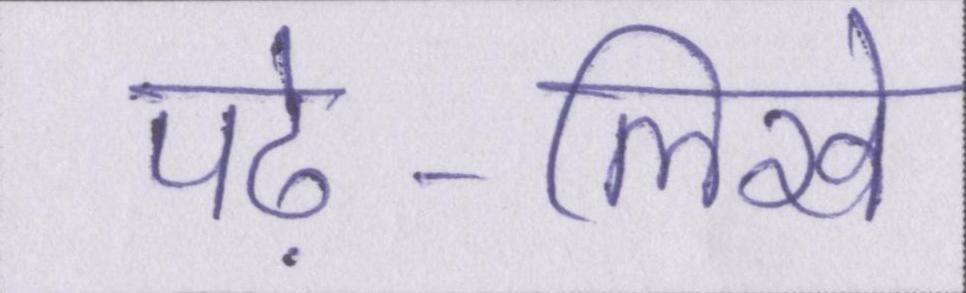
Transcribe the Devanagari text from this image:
पढ़े-लिखे